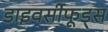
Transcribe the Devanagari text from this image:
डाइवर्सीफूड्स